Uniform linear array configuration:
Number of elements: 32
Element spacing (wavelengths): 0.5
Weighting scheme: hann
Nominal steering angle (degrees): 45
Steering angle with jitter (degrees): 43.991
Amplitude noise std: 0.05
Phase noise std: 0.05

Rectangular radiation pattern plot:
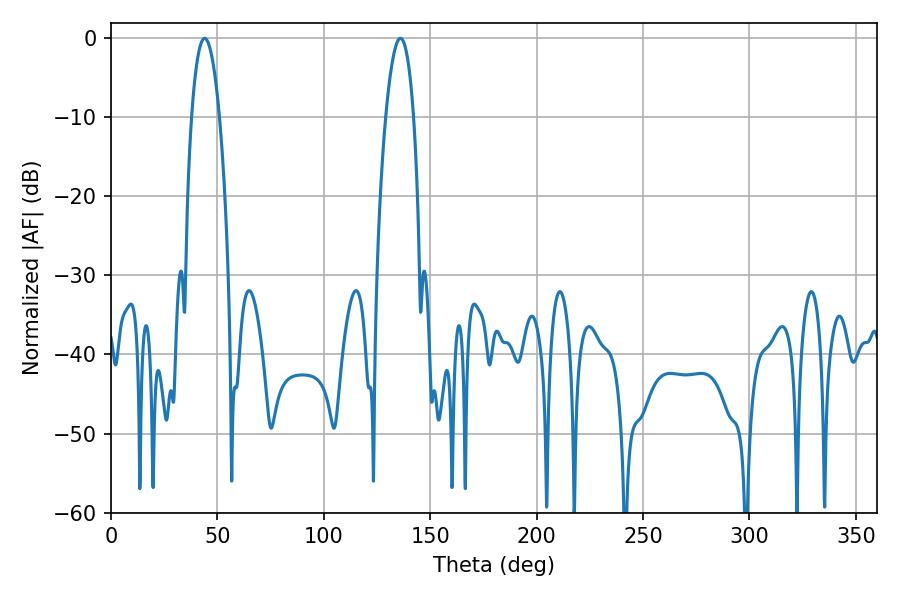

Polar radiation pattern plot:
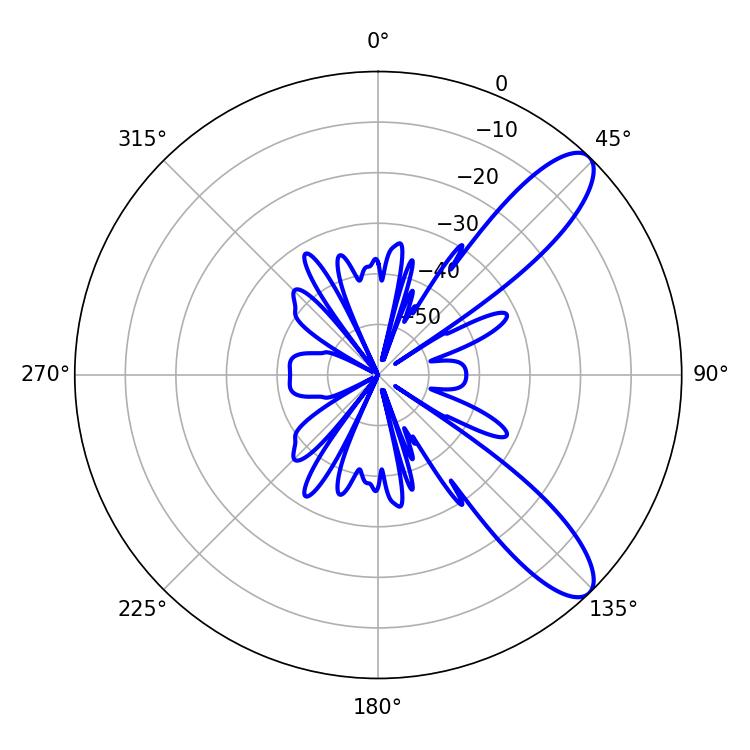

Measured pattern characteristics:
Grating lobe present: FALSE
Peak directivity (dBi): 10.233
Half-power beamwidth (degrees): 7.2
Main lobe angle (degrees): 43.92